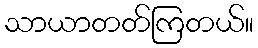
သာယာတတ်ကြတယ်။